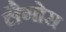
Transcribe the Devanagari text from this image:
लैगोस